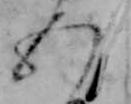
五